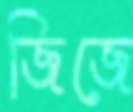
জিজে